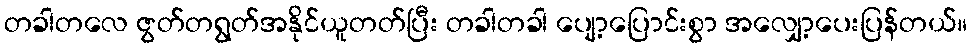
တခါတလေ ဇွတ်တရွတ်အနိုင်ယူတတ်ပြီး တခါတခါ ပျော့ပြောင်းစွာ အလျှော့ပေးပြန်တယ်။